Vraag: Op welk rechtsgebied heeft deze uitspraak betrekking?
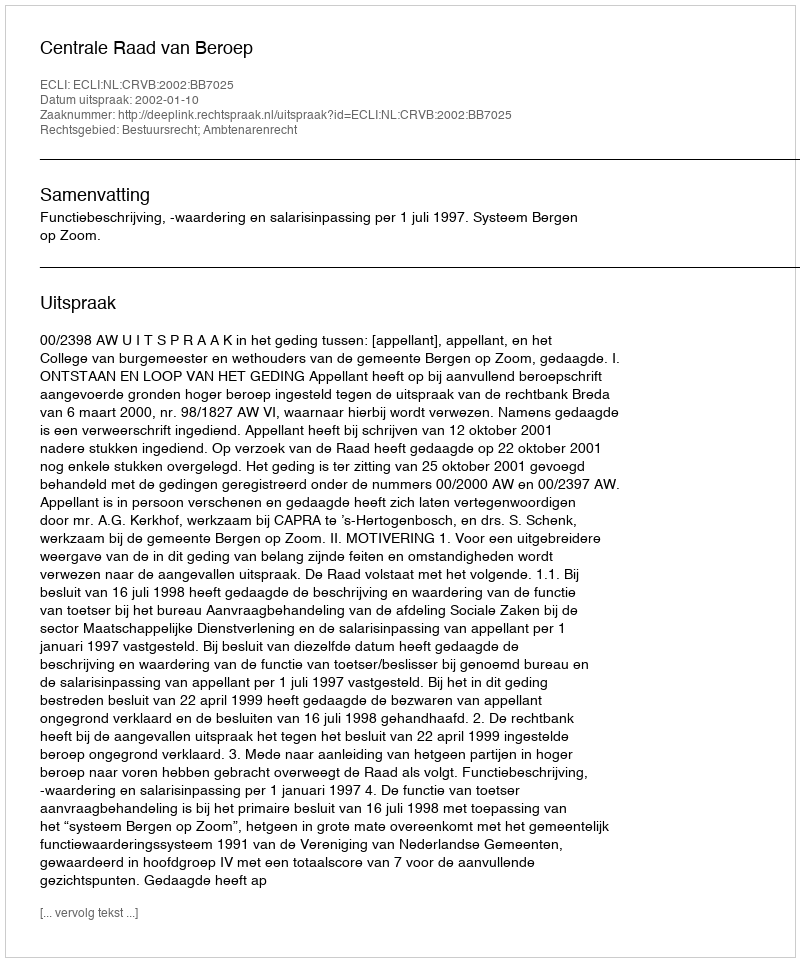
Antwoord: Bestuursrecht; Ambtenarenrecht